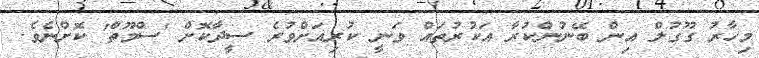
މިހާރު ގޫގުލް އިން ބޭނުންކުރާ އަކުރުތައް ވަނީ ކުރިއަށްވުރެ ސީދާކޮށް 'ސްމޫތް' ކޮށްނެވެ.